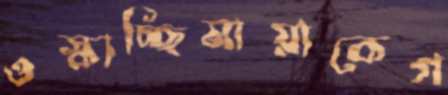
ওস্‌কাচ্ছিমায়াকেগ